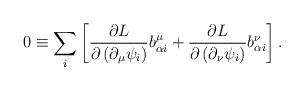
LaTeX: \begin{align*}0\equiv \sum_{i}\left[ \frac{\partial L}{\partial \left( \partial _{\mu}\psi _{i}\right) }b_{\alpha i}^{\mu }+\frac{\partial L}{\partial \left(\partial _{\nu }\psi _{i}\right) }b_{\alpha i}^{\nu }\right] . \end{align*}